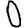
Digit: 0